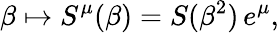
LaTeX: \beta\mapsto S^{\mu}(\beta)=S(\beta^{2})\, e^{\mu},